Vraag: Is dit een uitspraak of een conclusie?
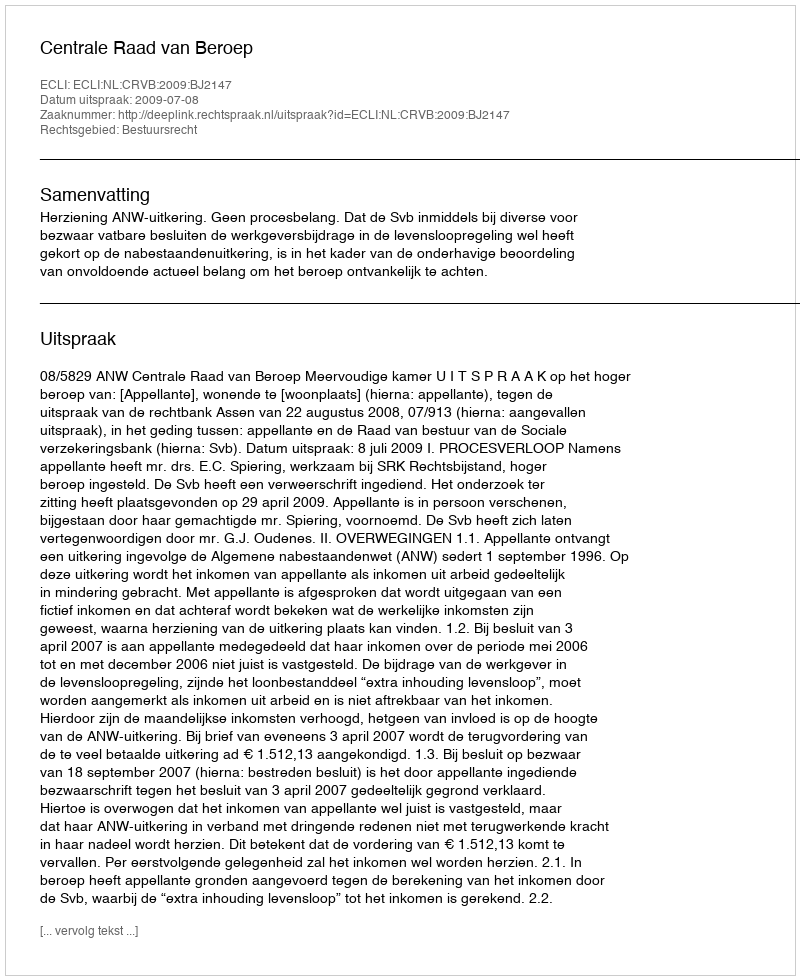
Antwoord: Uitspraak